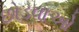
છોડવાઓ